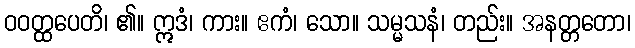
ဝဝတ္ထပေတိ၊ ၏။ ဣဒံ၊ ကား။ ဧကံ၊ သော။ သမ္မသနံ၊ တည်း။ အနတ္တတော၊